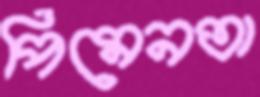
পিমেনতা